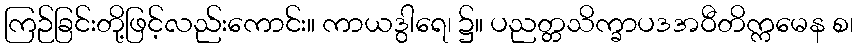
ကြဉ်ခြင်းတို့ဖြင့်လည်းကောင်း။ ကာယဒွါရေ၊ ၌။ ပညတ္တသိက္ခာပဒအဝီတိက္ကမေန စ၊